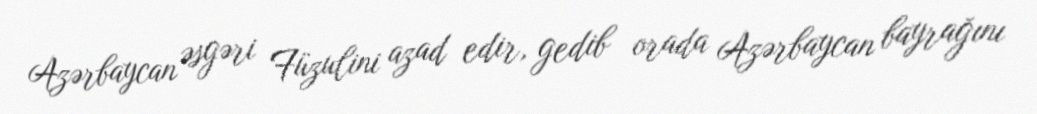
Azərbaycan əsgəri Füzulini azad edir, gedib orada Azərbaycan bayrağını